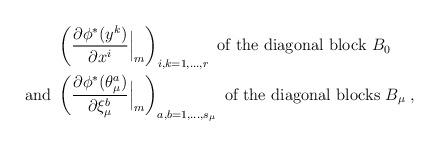
LaTeX: \begin{align*}&\left(\frac{\partial \phi^*(y^k)}{\partial x^i}\Big|_{m}\right)_{i,k=1, \ldots,r} \mbox{ of the diagonal block $B_0$ } \\\mbox{and } & \left(\frac{\partial \phi^*(\theta_{\mu}^a)}{\partial \xi_{\mu}^b}\Big|_{m}\right)_{a,b=1, \ldots,s_{\mu}} \mbox{ of the diagonal blocks $B_{\mu}$}\;,\end{align*}